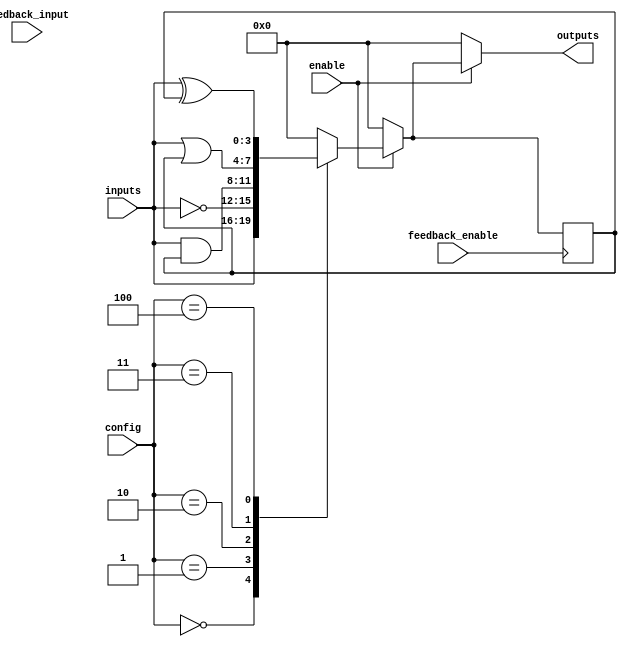
module CLB (
    input wire [3:0] inputs,          // 4 input lines
    input wire [2:0] config,          // Configuration bits for LFUs (selects operation)
    input wire enable,                 // Enable signal
    input wire feedback_enable,        // Feedback control signal
    input wire feedback_input,         // Input for feedback path
    output reg [3:0] outputs          // 4 output lines
);

    // Internal signals for LFUs
    wire [3:0] lfu_out;                // Outputs from LFUs
    reg [3:0] feedback;                // Feedback register

    // Logic Function Units (LFUs)
    always @(*) begin
        if (enable) begin
            case (config)
                3'b000: lfu_out = inputs;                   // Direct pass
                3'b001: lfu_out = ~inputs;                  // NOT
                3'b010: lfu_out = inputs & feedback;        // AND with feedback
                3'b011: lfu_out = inputs | feedback;        // OR with feedback
                3'b100: lfu_out = inputs ^ feedback;        // XOR with feedback
                default: lfu_out = 4'b0000;                  // Default case
            endcase
        end else begin
            lfu_out = 4'b0000;  // Outputs are zero when not enabled
        end
    end

    // Feedback logic
    always @(posedge feedback_enable) begin
        feedback <= lfu_out; // Capture output for feedback
    end

    // Output logic
    always @(*) begin
        if (enable) begin
            outputs = lfu_out; // Assign LFU output to outputs
        end else begin
            outputs = 4'b0000; // Outputs are zero when not enabled
        end
    end

endmodule